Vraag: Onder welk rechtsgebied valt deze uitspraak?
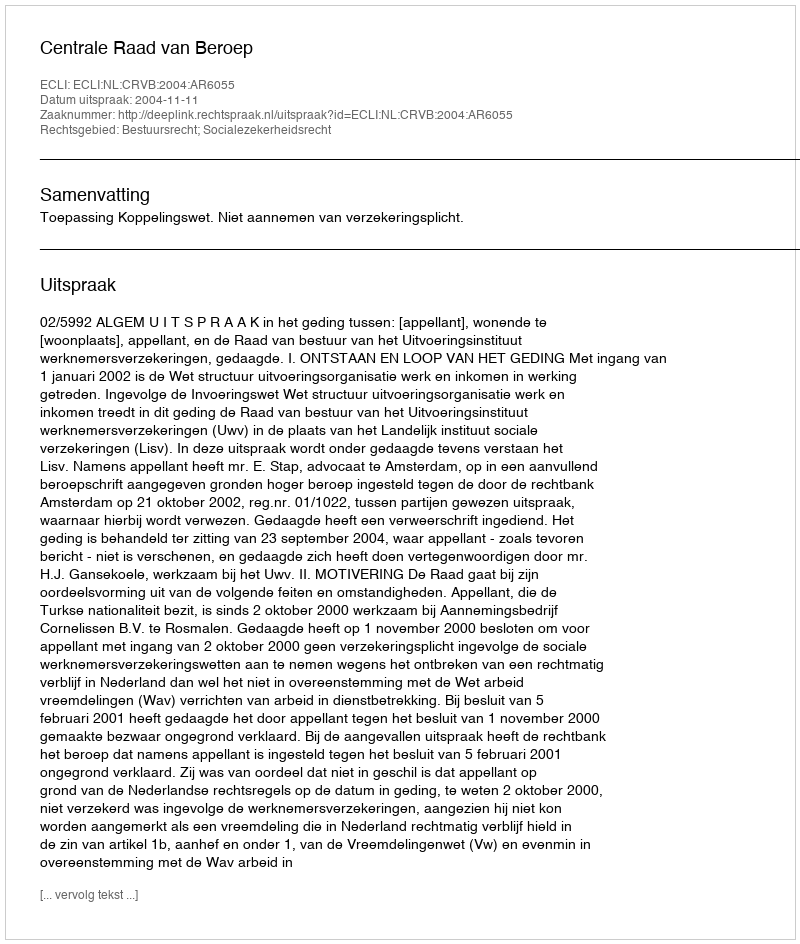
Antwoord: Bestuursrecht; Socialezekerheidsrecht